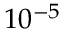
1 0 ^ { - 5 }